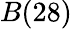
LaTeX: B(28)